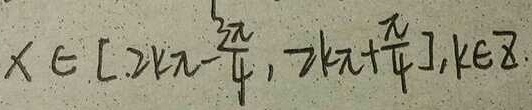
x \in [ 2 k \pi - \frac { 3 \pi } { 4 } , 2 k \pi + \frac { \pi } { 4 } ] , k \in z .